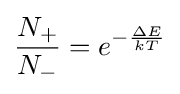
{\frac {N_{+}}{N_{-}}}=e^{-{\frac {\Delta E}{kT}}}